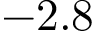
- 2 . 8